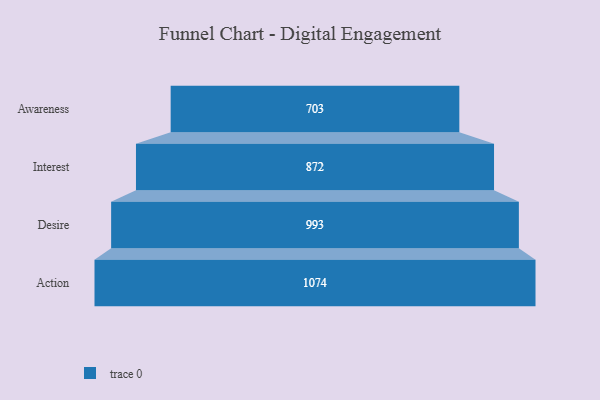
{"axis": {"x": "Stage", "y": "Value"}, "legend": [""], "data": [{"x": "Awareness", "y": 703.0, "type": ""}, {"x": "Interest", "y": 872.0, "type": ""}, {"x": "Desire", "y": 993.0, "type": ""}, {"x": "Action", "y": 1074.0, "type": ""}]}